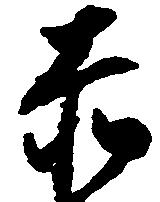
赤